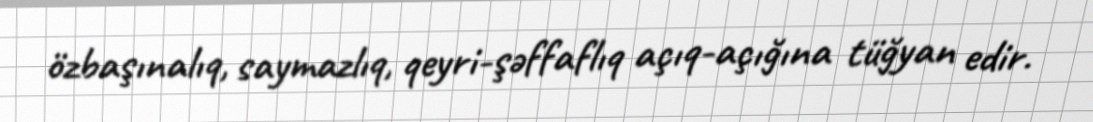
özbaşınalıq, saymazlıq, qeyri-şəffaflıq açıq-açığına tüğyan edir.